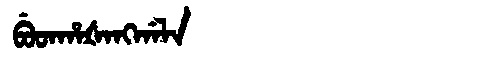
Manchu: ᠪᡠᡨᡥᠠᡧᠠᠩᡤᠠᠯᠠ
Romanization: BUTHAŠANGGALA